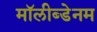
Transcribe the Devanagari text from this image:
मॉलीब्डेनम